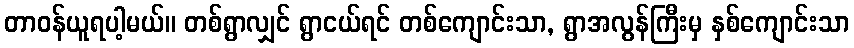
တာဝန်ယူရပါ့မယ်။ တစ်ရွာလျှင် ရွာငယ်ရင် တစ်ကျောင်းသာ, ရွာအလွန်ကြီးမှ နှစ်ကျောင်းသာ